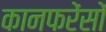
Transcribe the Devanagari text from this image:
कानफरेंसों